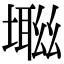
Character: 𡑜